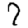
Digit: 7